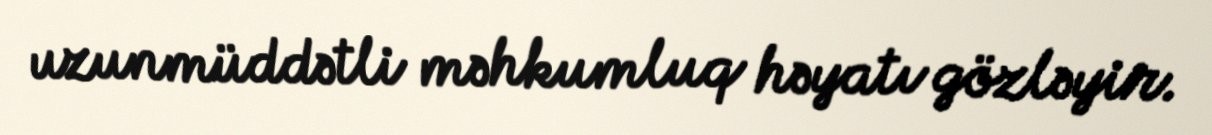
uzunmüddətli məhkumluq həyatı gözləyir.